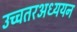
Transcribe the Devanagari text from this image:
उच्चतरअध्ययन